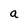
Character: a